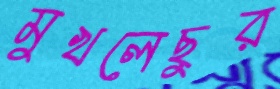
মুখলেছুর